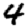
Digit: 4